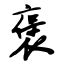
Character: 褒